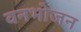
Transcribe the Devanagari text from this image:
वनभोजन